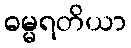
ဓမ္မရတိယာ